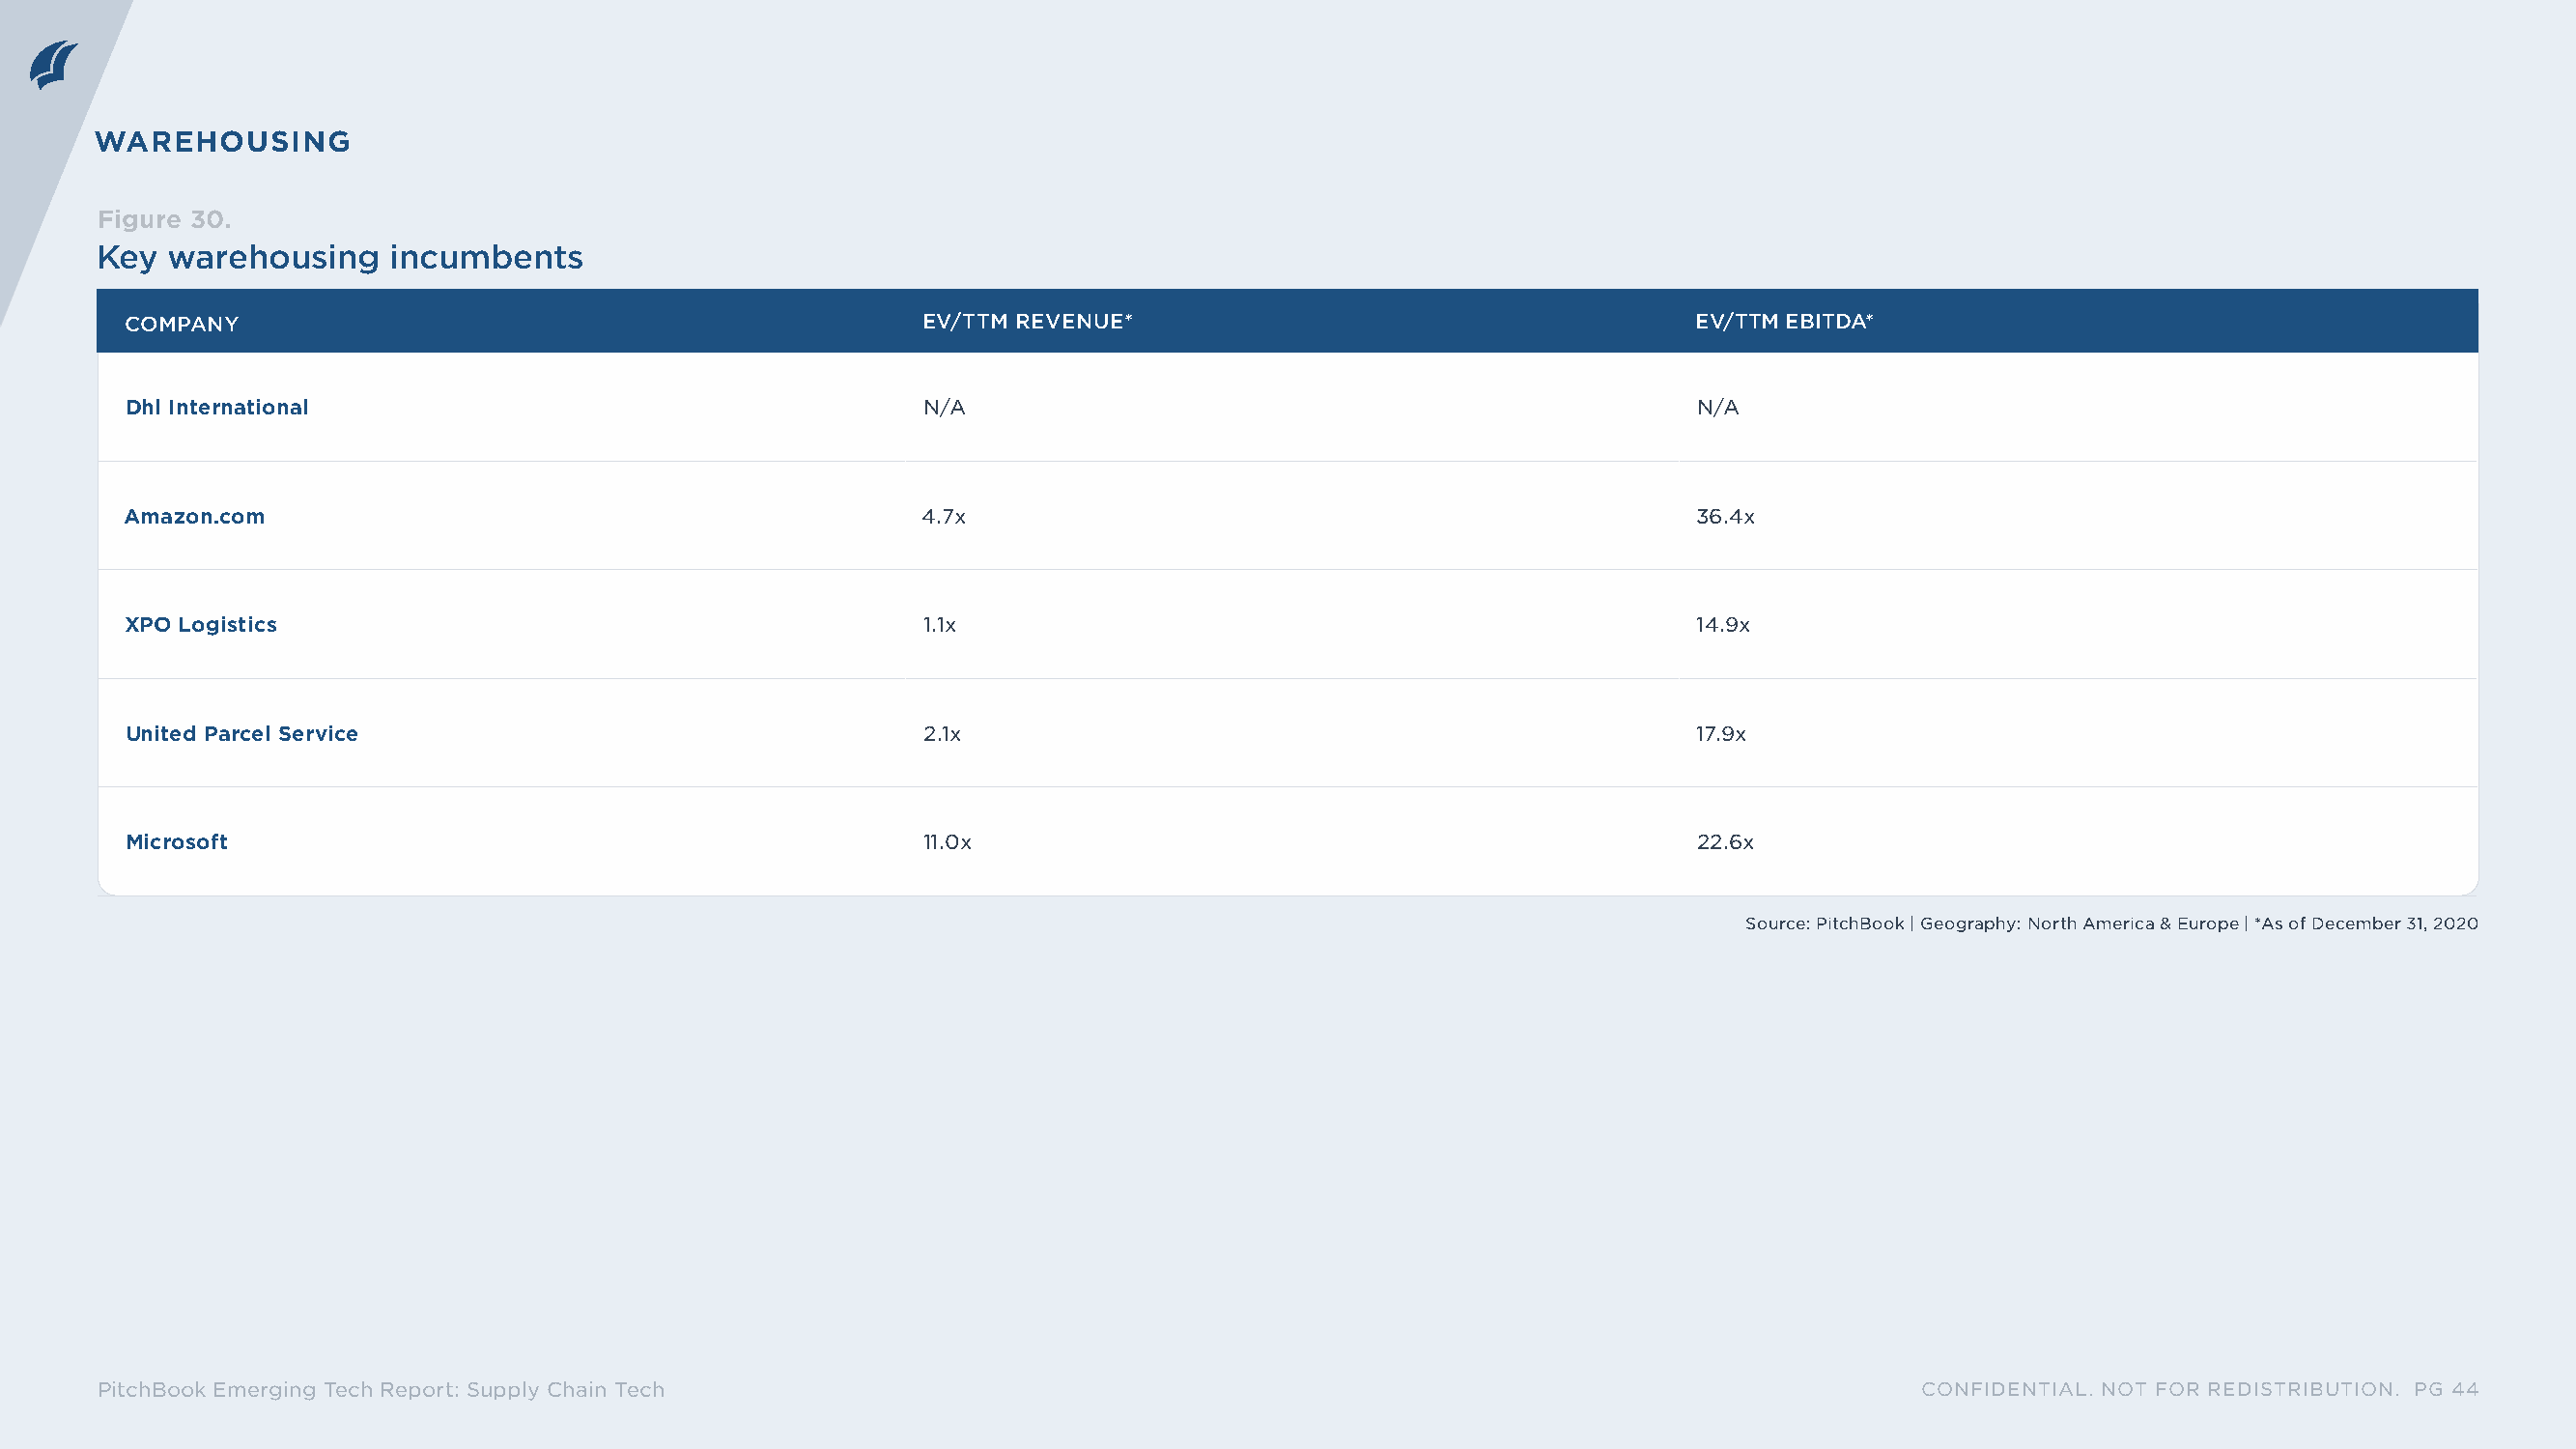
WAREHOUSING
 Figure 30.
 Key  warehousing    incumbents
 ICOMPANY                                               EV/TTM REVENUE*                                      EV/TTM EBITDA*
 Dhl International                                     N/A                                                  N/A
 Amazon.com                                             4.7x                                                 36.4x
 XPO Logistics                                         1.1x                                                 14.9x
 United Parcel Service                                 2.1x                                                 17.9x
 Microsoft                                             11.0x                                                22.6x
 Source: PitchBook | Geography: North America & Europe | *As of December 31, 2020
 PitchBook Emerging Tech Report: Supply Chain Tech                                                                            CONFIDENTIAL. NOT FOR REDISTRIBUTION. PG 44